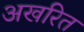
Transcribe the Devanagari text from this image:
अखरित